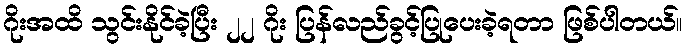
ဂိုးအထိ သွင်းနိုင်ခဲ့ပြီး ၂၂ ဂိုး ပြန်လည်ခွင့်ပြုပေးခဲ့ရတာ ဖြစ်ပါတယ်။